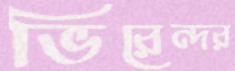
ভিরেন্দর